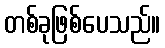
တစ်ခုဖြစ်ပေသည်။